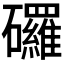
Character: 𥗴